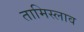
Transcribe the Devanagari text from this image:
तामिस्लाव